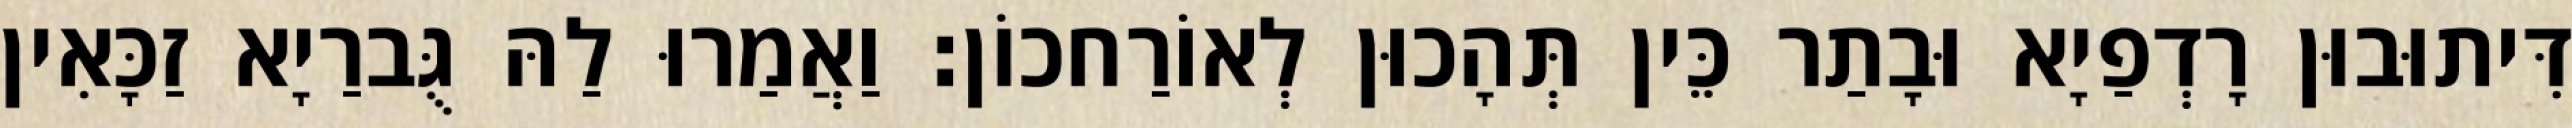
דִּיתוּבוּן רָדְפַיָא וּבָתַר כֵּין תְּהָכוּן לְאוֹרַחכוֹן׃ וַאֲמַרוּ לַהּ גֻּברַיָא זַכָּאִין